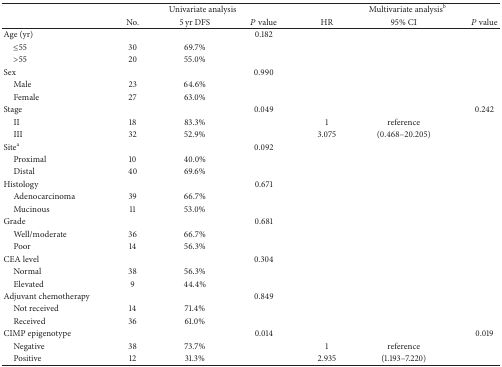
<table><thead><tr><td></td><td colspan="3"><b>Univariate analysis</b></td><td colspan="3"><b>Multivariate analysis<sup>b</sup></b></td></tr><tr><td></td><td><b>No.</b></td><td><b>5 yr DFS</b></td><td><b><i>P</i> value</b></td><td><b>HR</b></td><td><b>95% CI</b></td><td><b><i>P</i> value</b></td></tr></thead><tbody><tr><td>Age (yr)</td><td> </td><td> </td><td>0.182 </td><td> </td><td> </td><td> </td></tr><tr><td> ≤55</td><td>30</td><td>69.7%</td><td> </td><td> </td><td> </td><td> </td></tr><tr><td> &gt;55</td><td>20</td><td>55.0%</td><td> </td><td> </td><td> </td><td> </td></tr><tr><td>Sex</td><td> </td><td> </td><td>0.990 </td><td> </td><td> </td><td> </td></tr><tr><td> Male</td><td>23</td><td>64.6%</td><td> </td><td> </td><td> </td><td> </td></tr><tr><td> Female</td><td>27</td><td>63.0%</td><td> </td><td> </td><td> </td><td> </td></tr><tr><td>Stage</td><td> </td><td> </td><td>0.049 </td><td> </td><td> </td><td>0.242</td></tr><tr><td> II</td><td>18</td><td>83.3%</td><td> </td><td>1</td><td>reference</td><td> </td></tr><tr><td> III</td><td>32</td><td>52.9%</td><td> </td><td>3.075</td><td>(0.468–20.205)</td><td> </td></tr><tr><td>Site<sup>a</sup></td><td> </td><td> </td><td>0.092 </td><td> </td><td> </td><td> </td></tr><tr><td> Proximal</td><td>10</td><td>40.0%</td><td> </td><td> </td><td> </td><td> </td></tr><tr><td> Distal</td><td>40</td><td>69.6%</td><td> </td><td> </td><td> </td><td> </td></tr><tr><td>Histology</td><td> </td><td> </td><td>0.671 </td><td> </td><td> </td><td> </td></tr><tr><td> Adenocarcinoma</td><td>39</td><td>66.7%</td><td> </td><td> </td><td> </td><td> </td></tr><tr><td> Mucinous</td><td>11</td><td>53.0%</td><td> </td><td> </td><td> </td><td> </td></tr><tr><td>Grade</td><td> </td><td> </td><td>0.681 </td><td> </td><td> </td><td> </td></tr><tr><td> Well/moderate</td><td>36</td><td>66.7%</td><td> </td><td> </td><td> </td><td> </td></tr><tr><td> Poor</td><td>14</td><td>56.3%</td><td> </td><td> </td><td> </td><td> </td></tr><tr><td>CEA level</td><td> </td><td> </td><td>0.304 </td><td> </td><td> </td><td> </td></tr><tr><td> Normal</td><td>38</td><td>56.3%</td><td> </td><td> </td><td> </td><td> </td></tr><tr><td> Elevated</td><td>9</td><td>44.4%</td><td> </td><td> </td><td> </td><td> </td></tr><tr><td>Adjuvant chemotherapy</td><td> </td><td> </td><td>0.849 </td><td> </td><td> </td><td> </td></tr><tr><td> Not received</td><td>14</td><td>71.4%</td><td> </td><td> </td><td> </td><td> </td></tr><tr><td> Received</td><td>36</td><td>61.0%</td><td> </td><td> </td><td> </td><td> </td></tr><tr><td>CIMP epigenotype</td><td> </td><td> </td><td>0.014 </td><td> </td><td> </td><td>0.019</td></tr><tr><td> Negative</td><td>38</td><td>73.7%</td><td> </td><td>1</td><td>reference</td><td> </td></tr><tr><td> Positive</td><td>12</td><td>31.3%</td><td></td><td>2.935</td><td>(1.193–7.220)</td><td></td></tr></tbody></table>